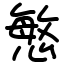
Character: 慜